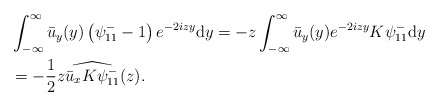
\begin{align*} &\int_{-\infty}^{\infty} \bar{u}_y(y)\left(\psi^-_{11}-1\right) e^{-2izy}\mathrm{d}y= - z \int_{-\infty}^{\infty} \bar{u}_y(y) e^{-2izy} K\psi^-_{11}\mathrm{d}y \\ & = - \frac{1}{2} z \widehat{ \bar{u}_x K \psi^-_{11}}( z).\end{align*}